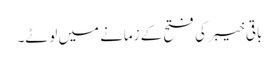
باقی خیبر کی فتح کے زمانے میں لوٹے۔